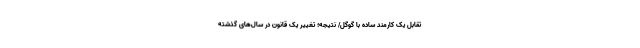
تقابل یک کارمند ساده با گوگل/ نتیجه؛ تغییر یک قانون در سال‌های گذشته